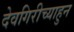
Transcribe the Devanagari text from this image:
देवगिरीच्याहुन